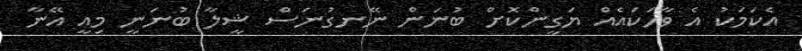
އެކަމަކު އެ ވާހަކައެއް ޔަގީންކޮށް ބުނަން ނޭނގުނަސް ޝީލާ ބުނަނީ މިއީ އޭނާ